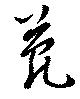
菀